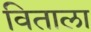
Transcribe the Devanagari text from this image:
विताला